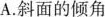
A.斜面的倾角